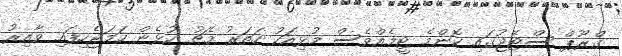
ގްރޫޕް ސްޓޭޖުގައި ކޮންމެ ޓީމެއްވެސް މުޅިއަކު ހަތަރު މެޗު ކުޅެން ހަމަޖެހިފައި ވާއިރު